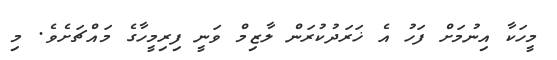
މީހަކާ އިނުމަށް ފަހު އެ ޚަރަދުކުރަން ލާޒިމް ވަނީ ފިރިމީހާގެ މައްޗަށެވެ. މި